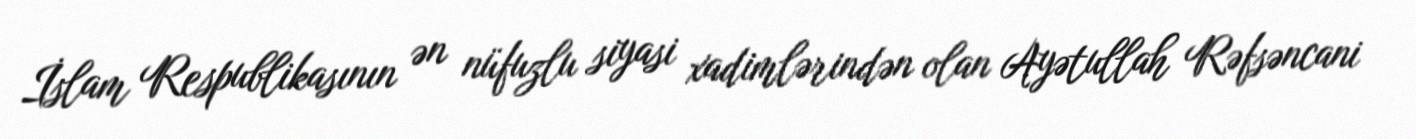
İslam Respublikasının ən nüfuzlu siyasi xadimlərindən olan Ayətullah Rəfsəncani